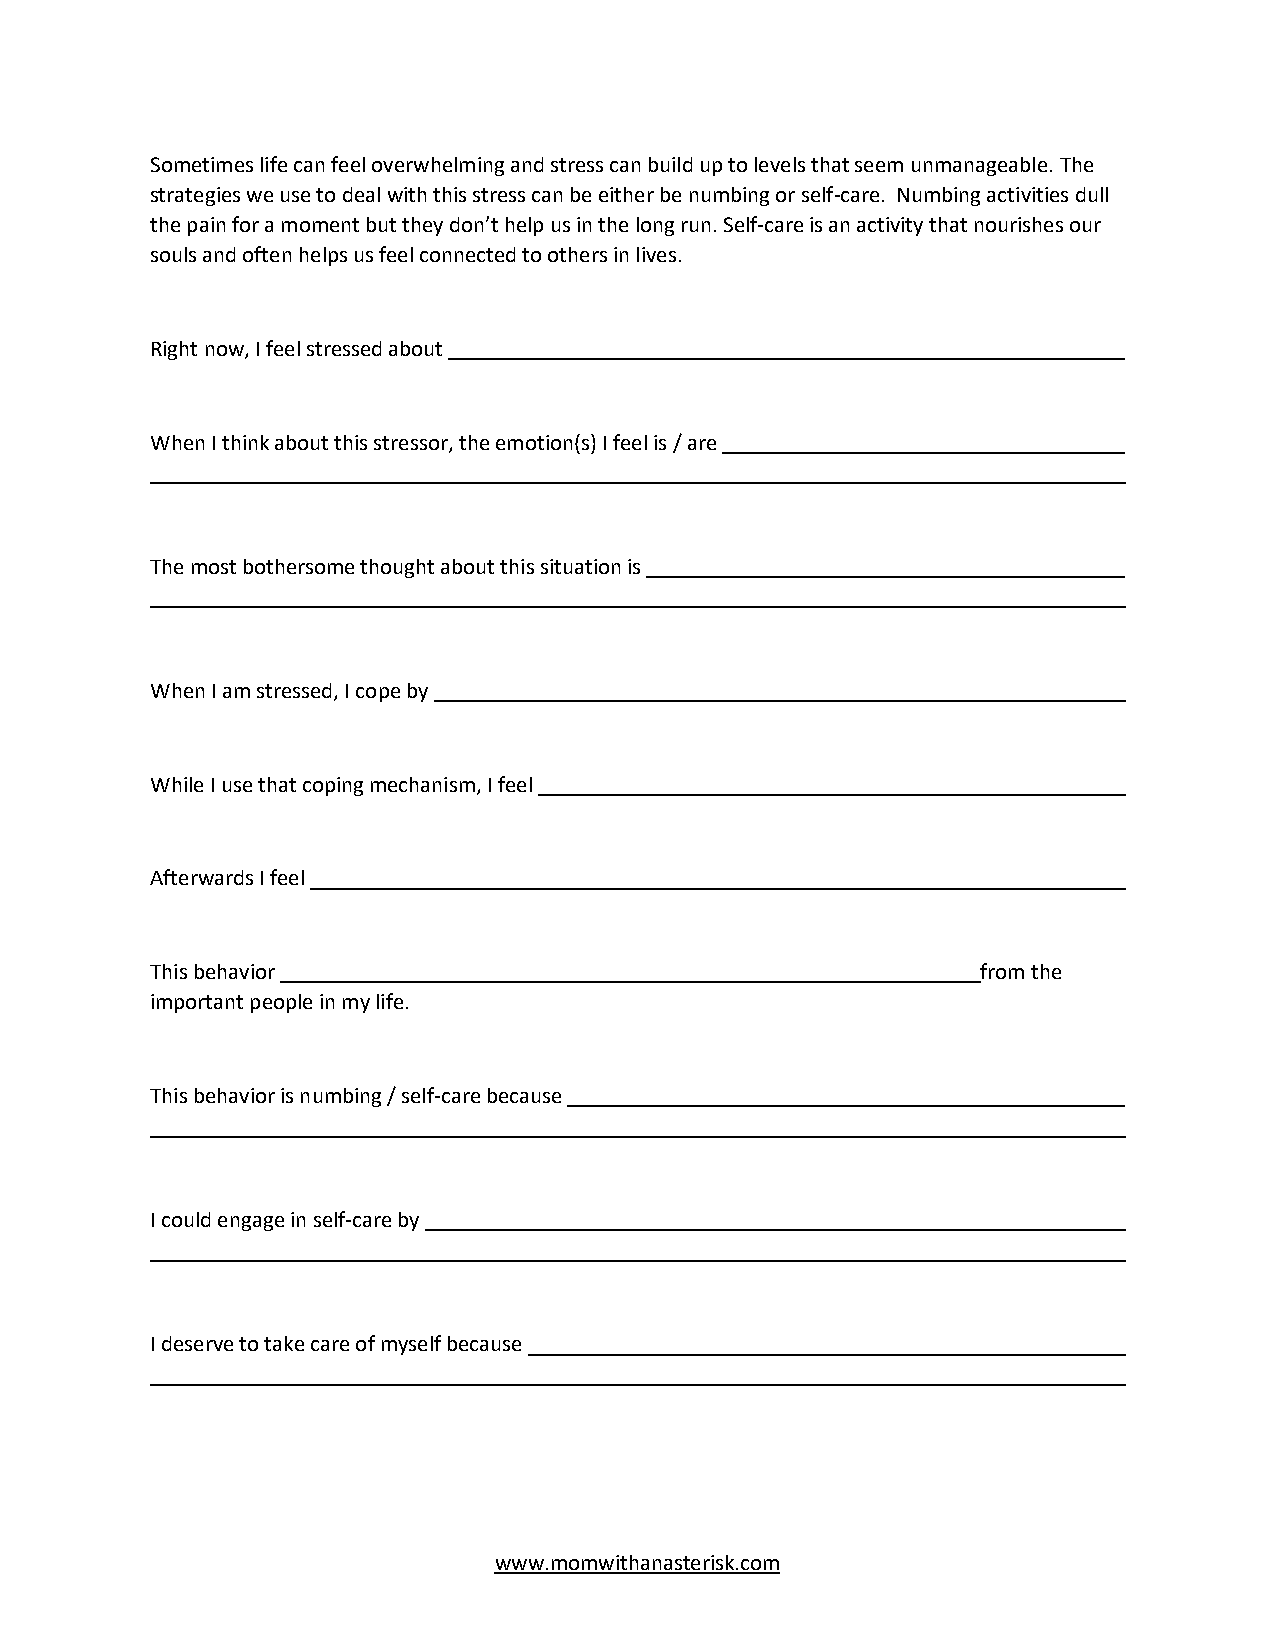
Sometimes life can feel overwhelming and stress can build up to levels that seem unmanageable. The
 strategies we use to deal with this stress can be either be numbing or self-care. Numbing activities dull
 the pain for a moment but they don’t help us in the long run. Self-care is an activity that nourishes our
 souls and often helps us feel connected to others in lives.
 Right now, I feel stressed about
 When I think about this stressor, the emotion(s) I feel is / are
 The most bothersome thought about this situation is
 When I am stressed, I cope by
 While I use that coping mechanism, I feel
 Afterwards I feel
 This behavior                                          from the
 important people in my life.
 This behavior is numbing / self-care because
 I could engage in self-care by
 I deserve to take care of myself because
 www.momwithanasterisk.com